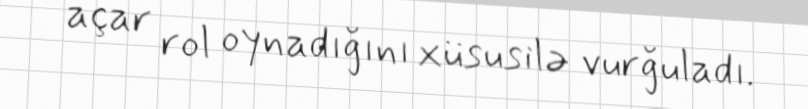
açar rol oynadığını xüsusilə vurğuladı.